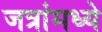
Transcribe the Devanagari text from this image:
जत्रांमध्ये